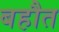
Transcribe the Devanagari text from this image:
बहौत